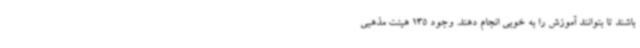
باشند تا بتوانند آموزش را به خوبی انجام دهند. وجود 135 هیئت مذهبی